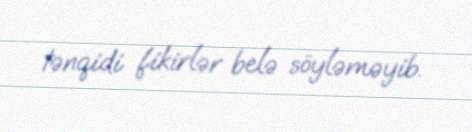
tənqidi fikirlər belə söyləməyib.